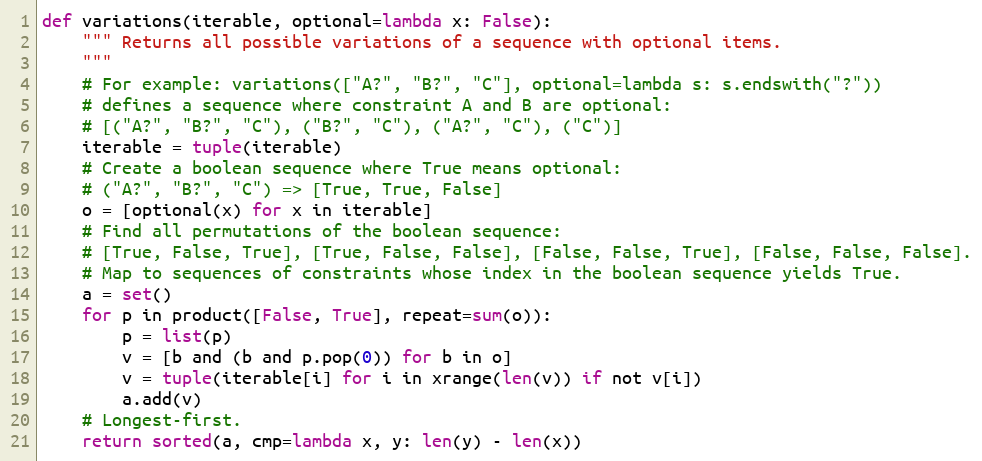
Language: Python
def variations(iterable, optional=lambda x: False):
    """ Returns all possible variations of a sequence with optional items.
    """
    # For example: variations(["A?", "B?", "C"], optional=lambda s: s.endswith("?"))
    # defines a sequence where constraint A and B are optional:
    # [("A?", "B?", "C"), ("B?", "C"), ("A?", "C"), ("C")]
    iterable = tuple(iterable)
    # Create a boolean sequence where True means optional:
    # ("A?", "B?", "C") => [True, True, False]
    o = [optional(x) for x in iterable]
    # Find all permutations of the boolean sequence:
    # [True, False, True], [True, False, False], [False, False, True], [False, False, False].
    # Map to sequences of constraints whose index in the boolean sequence yields True.
    a = set()
    for p in product([False, True], repeat=sum(o)):
        p = list(p)
        v = [b and (b and p.pop(0)) for b in o]
        v = tuple(iterable[i] for i in xrange(len(v)) if not v[i])
        a.add(v)
    # Longest-first.
    return sorted(a, cmp=lambda x, y: len(y) - len(x))